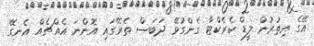
އޭގެ އިތުރުން ލީޑް ކެރެކްޓާ ގެންގުޅޭ ދަބަސް ތެރޭގައި އޮންނަ އެއްޗެއް އެނގޭ